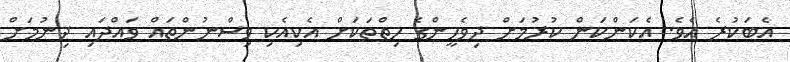
އެބަކުރެ އެވެ. އެކަންކަން ކުރުމަށް ދިވެހީންގެ ހިތްތަކަށް އެކިއެކި ވިސްނުންތައް ވައްދައި ދިނުމަށް